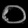
Digit: ၀